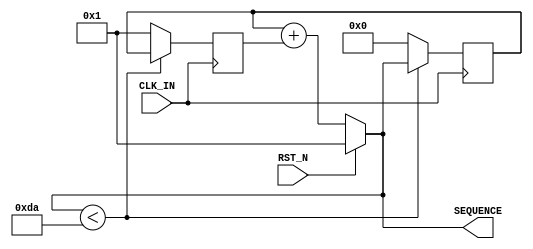
module Fibonacci_Series
( 
    input wire CLK_IN,
    input wire RST_N,
    output wire [7:0]SEQUENCE
);

reg [7:0] SEQUENCE_I1,SEQUENCE_I2;

assign SEQUENCE = RST_N ? 15'b1 :(SEQUENCE_I1 + SEQUENCE_I2);

always@(posedge CLK_IN) begin 
    if(SEQUENCE < 8'hDA) begin 
        SEQUENCE_I2 = SEQUENCE_I1;
        SEQUENCE_I1 = SEQUENCE;
    end 
    else begin 
        SEQUENCE_I2 = 15'b1;
        SEQUENCE_I1 = 15'b0;
    end 
end 
endmodule